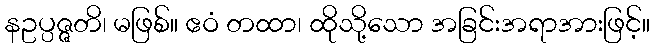
နဥပ္ပဇ္ဇတိ၊ မဖြစ်။ ဧဝံ တထာ၊ ထိုသို့သော အခြင်းအရာအားဖြင့်။